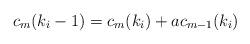
LaTeX: \begin{align*} c_m(k_i-1) = c_m(k_i)+a c_{m-1}(k_i)\end{align*}